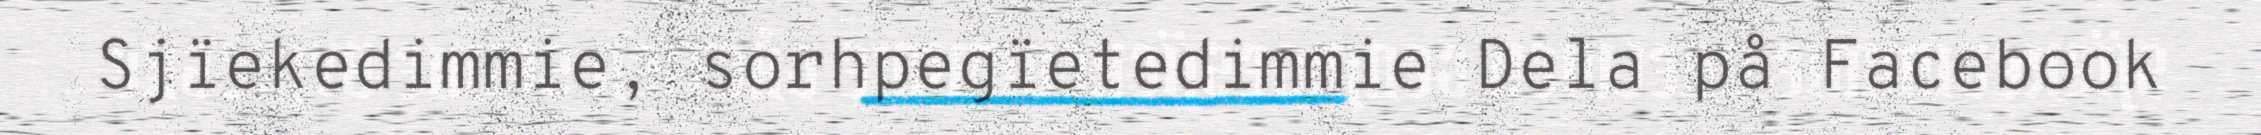
Sjïekedimmie, sorhpegïetedimmie Dela på Facebook